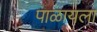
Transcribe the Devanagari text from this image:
पाळायला